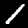
Digit: 1